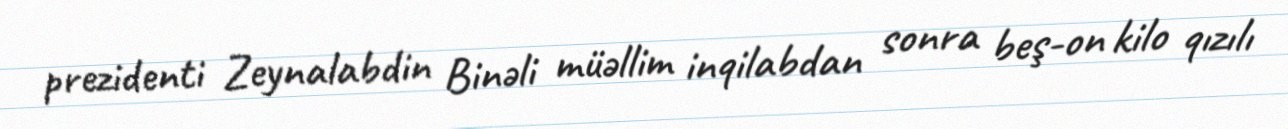
prezidenti Zeynalabdin Binəli müəllim inqilabdan sonra beş-on kilo qızılı